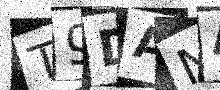
Text: T9DANA